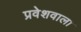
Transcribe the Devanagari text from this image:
प्रवेशवाला